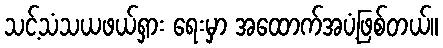
သင့်သံသယဖယ်ရှား ရေးမှာ အထောက်အပံ့ဖြစ်တယ်။